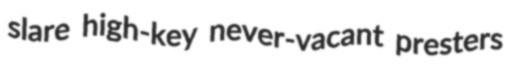
slare high-key never-vacant presters